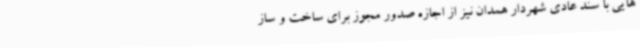
هایی با سند عادی شهردار همدان نیز از اجازه صدور مجوز برای ساخت و ساز